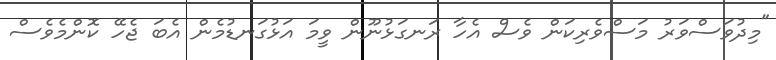
"މިދުވަސްވަރު މަސްވެރިކަން ވެސް އެހާ ރަނގަޅުނޫން ވީމަ އަޅުގަނޑުމެން އެބަ ޖެހޭ ކޮންމެވެސް